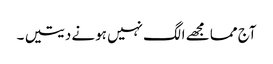
آج مما مجھے الگ نہیں ہونے دیتیں ۔